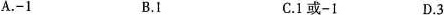
A.-1 B.I C.1 或-1 D.3